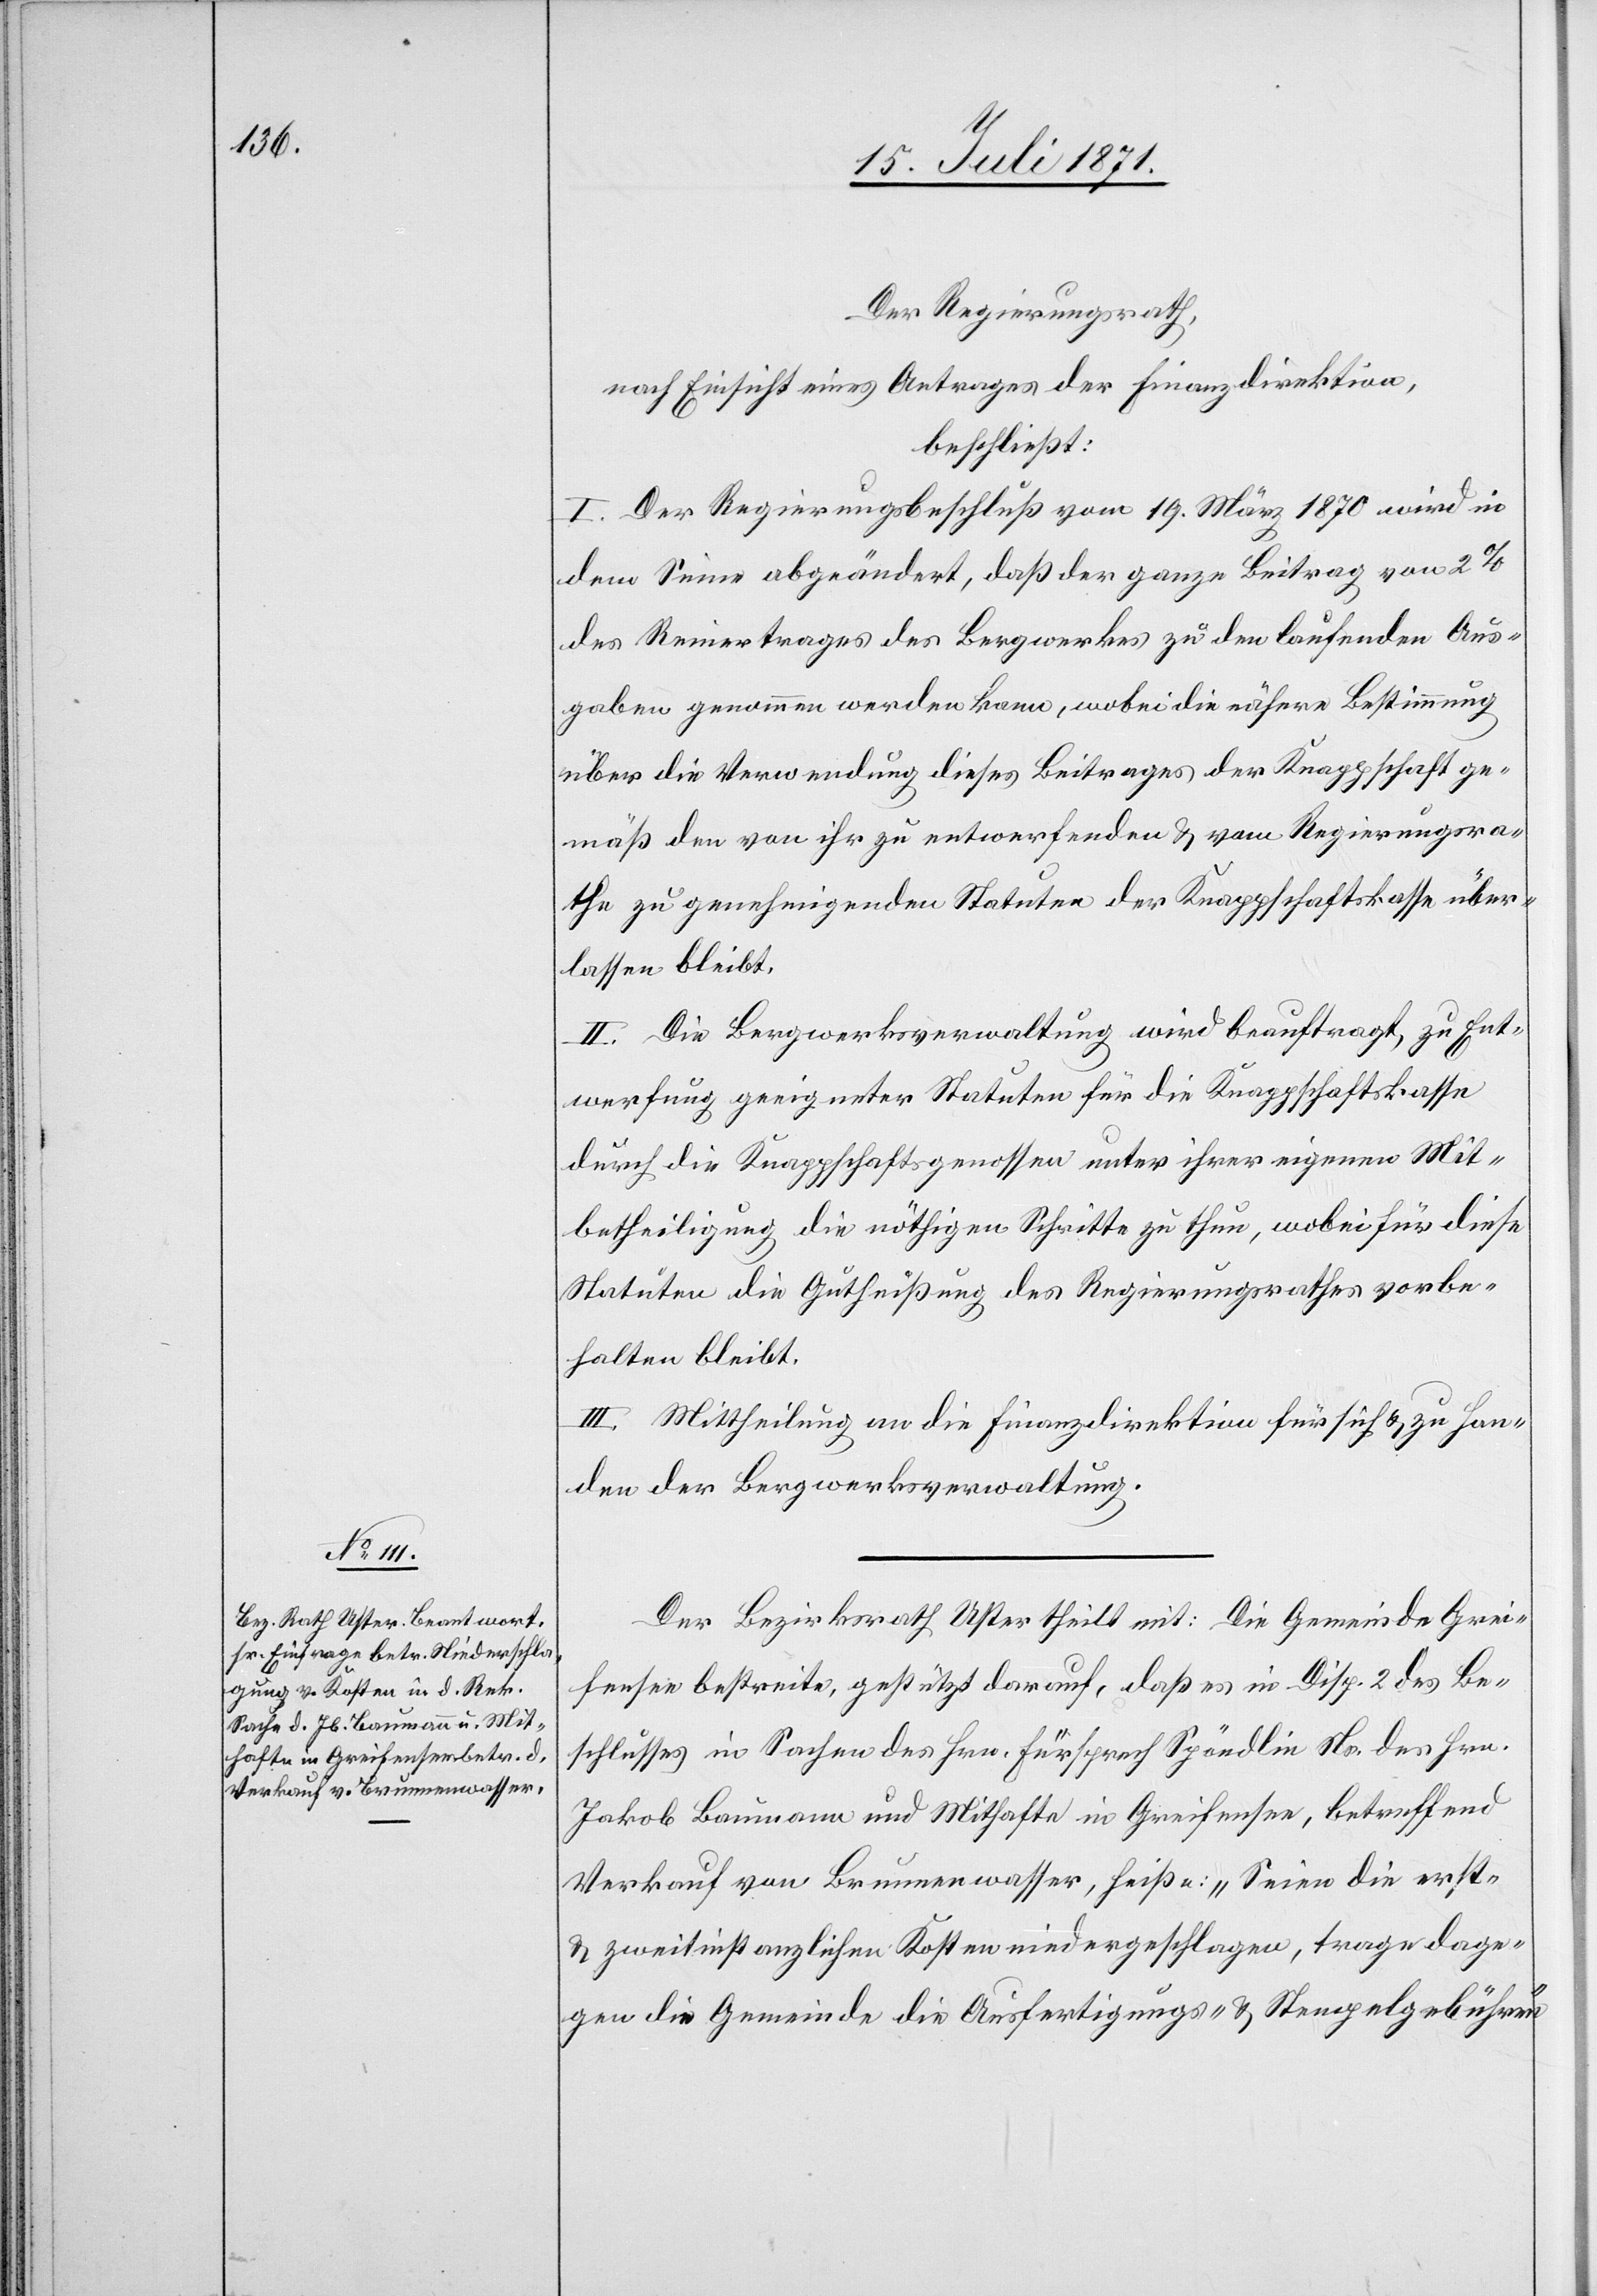
Der Regierungsrath,
nach Einsicht eines Antrages der Finanzdirektion,
beschließt:
I. Der Regierungsbeschluß vom 19. März 1870 wird in
dem Sinne abgeändert, daß der ganze Beitrag von 2%
des Reinertrages des Bergwerkes zu den laufenden Aus¬
gaben genommen werden kann, wobei die nähere Bestimmung
über die Verwendung dieses Beitrages der Knappschaft ge¬
mäß den von ihr zu entwerfenden u. vom Regierungsra¬
the zu genehmigenden Statuten der Knappschaftskasse über¬
lassen bleibt.
II. Die Bergwerksverwaltung wird beauftragt, zu Ent¬
werfung geeigneter Statuten für die Knappschaften
durch die Knappschaftsgenossen unter ihrer eigenen Mit¬
betheiligung die nöthigen Schritte zu thun, wobei für diese
Statuten die Gutheißung des Regierungsrathes vorbe¬
halten bleibt.
III. Mittheilung an die Finanzdirektion für sich u. zu Han¬
den der Bergwerksverwaltung.
Der Bezirksrath Uster theilt mit: Die Gemeinde Grei¬
fensee bestreite, gestützt darauf, daß es in Disp. 2 des Be¬
schlusses in Sachen des Hrn. Fürsprech Spöndlin Ns. des Hrn.
Jakob Baumann und Mithafte in Greifensee, betreffend
Verkauf von Brunnenwasser, heiße: „Seien die erst-
u. zweitinstanzlichen Kosten niedergeschlagen, trage dage¬
gen die Gemeinde die Ausfertigungs- u. Stempelgebühren“